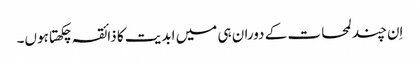
اِن چند لمحات کے دوران ہی میں ابدیت کا ذائقہ چکھتا ہوں۔